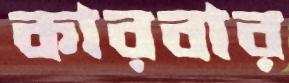
কারবার